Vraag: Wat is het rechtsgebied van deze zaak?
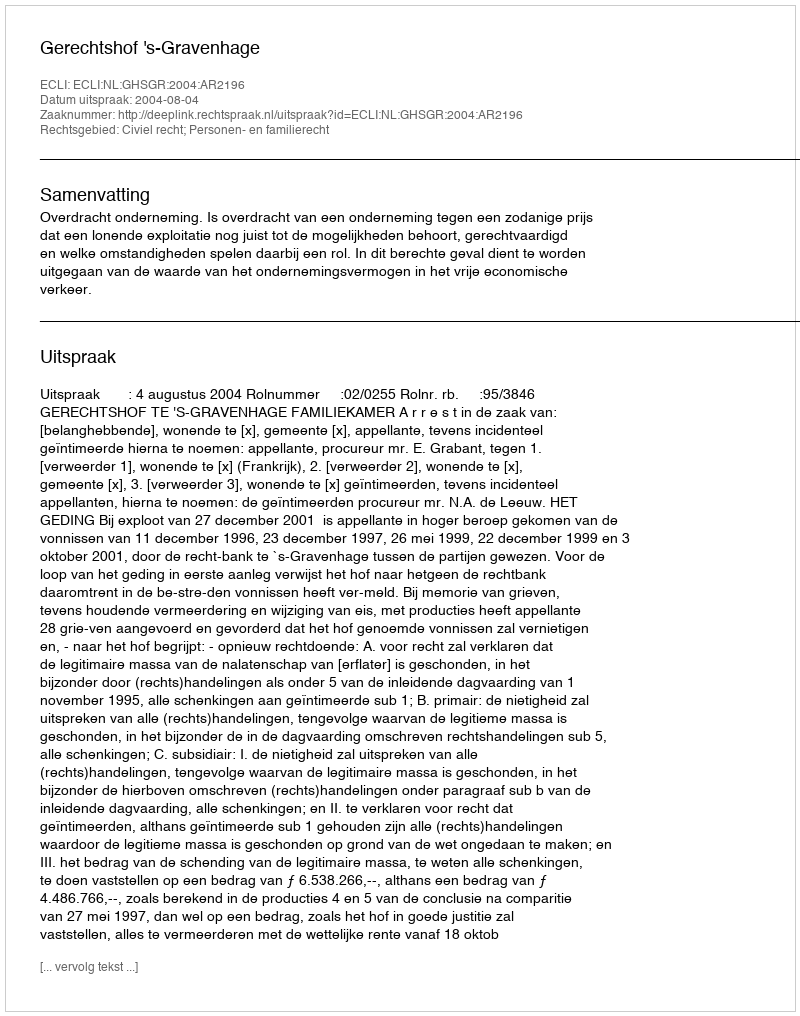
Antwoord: Civiel recht; Personen- en familierecht